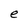
Character: e